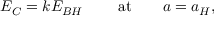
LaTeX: E _ { C } = k E _ { B H } \ \ \ \ \ \ \ \mathrm { a t } \ \ \ \ \ \ a = a _ { H } ,